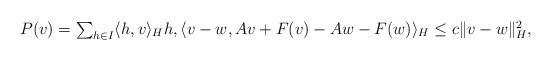
LaTeX: \begin{align*} P(v) = \textstyle\sum_{ h \in I } \langle h,v \rangle_H h , \langle v-w, Av + F(v) - Aw - F(w) \rangle_H \leq c \| v-w \|_H^2 ,\end{align*}